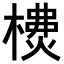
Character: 𣛫